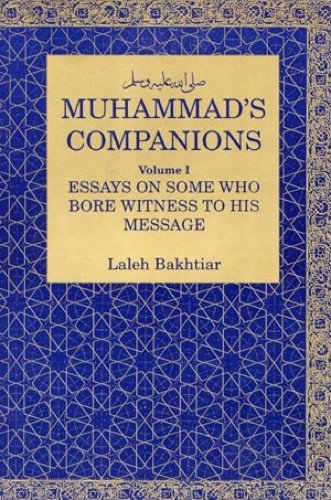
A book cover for Muhammad's Companions: Essays on Those Who Bore Witness; Laleh Bakhtiar; Teen & Young Adult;